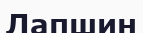
Лапшин